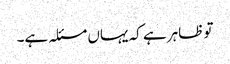
تو ظاہر ہے کہ یہاں مسئلہ ہے۔